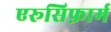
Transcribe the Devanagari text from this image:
एरूसिफ़ार्म